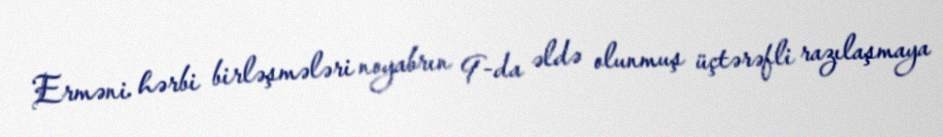
Erməni hərbi birləşmələri noyabrın 9-da əldə olunmuş üçtərəfli razılaşmaya